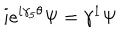
i e ^ { i \gamma _ { 5 } \theta } \Psi = \gamma ^ { 1 } \Psi